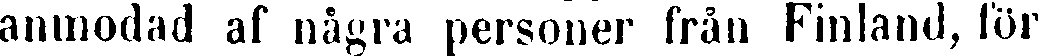
anmodad af några personer från Finland, för